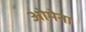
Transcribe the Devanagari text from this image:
ओमेना